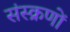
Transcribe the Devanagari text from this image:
संस्क्रणों